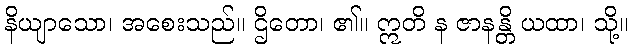
နိယျာသော၊ အစေးသည်။ ဌိတော၊ ၏။ ဣတိ န ဇာနန္တိ ယထာ၊ သို့။